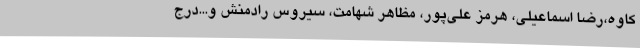
کاوه،رضا اسماعیلی، هرمز علی‌پور، مظاهر شهامت، سیروس رادمنش و...درج